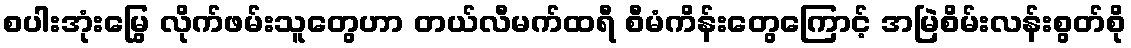
စပါးအုံးမြွေ လိုက်ဖမ်းသူတွေဟာ တယ်လီမက်ထရီ စီမံကိန်းတွေကြောင့် အမြဲစိမ်းလန်းစွတ်စို